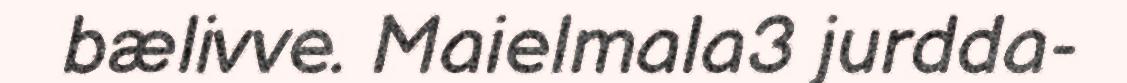
bælivve. Maielmala3 jurdda-